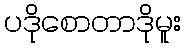
ပဒိုစောတာဒိုမူး